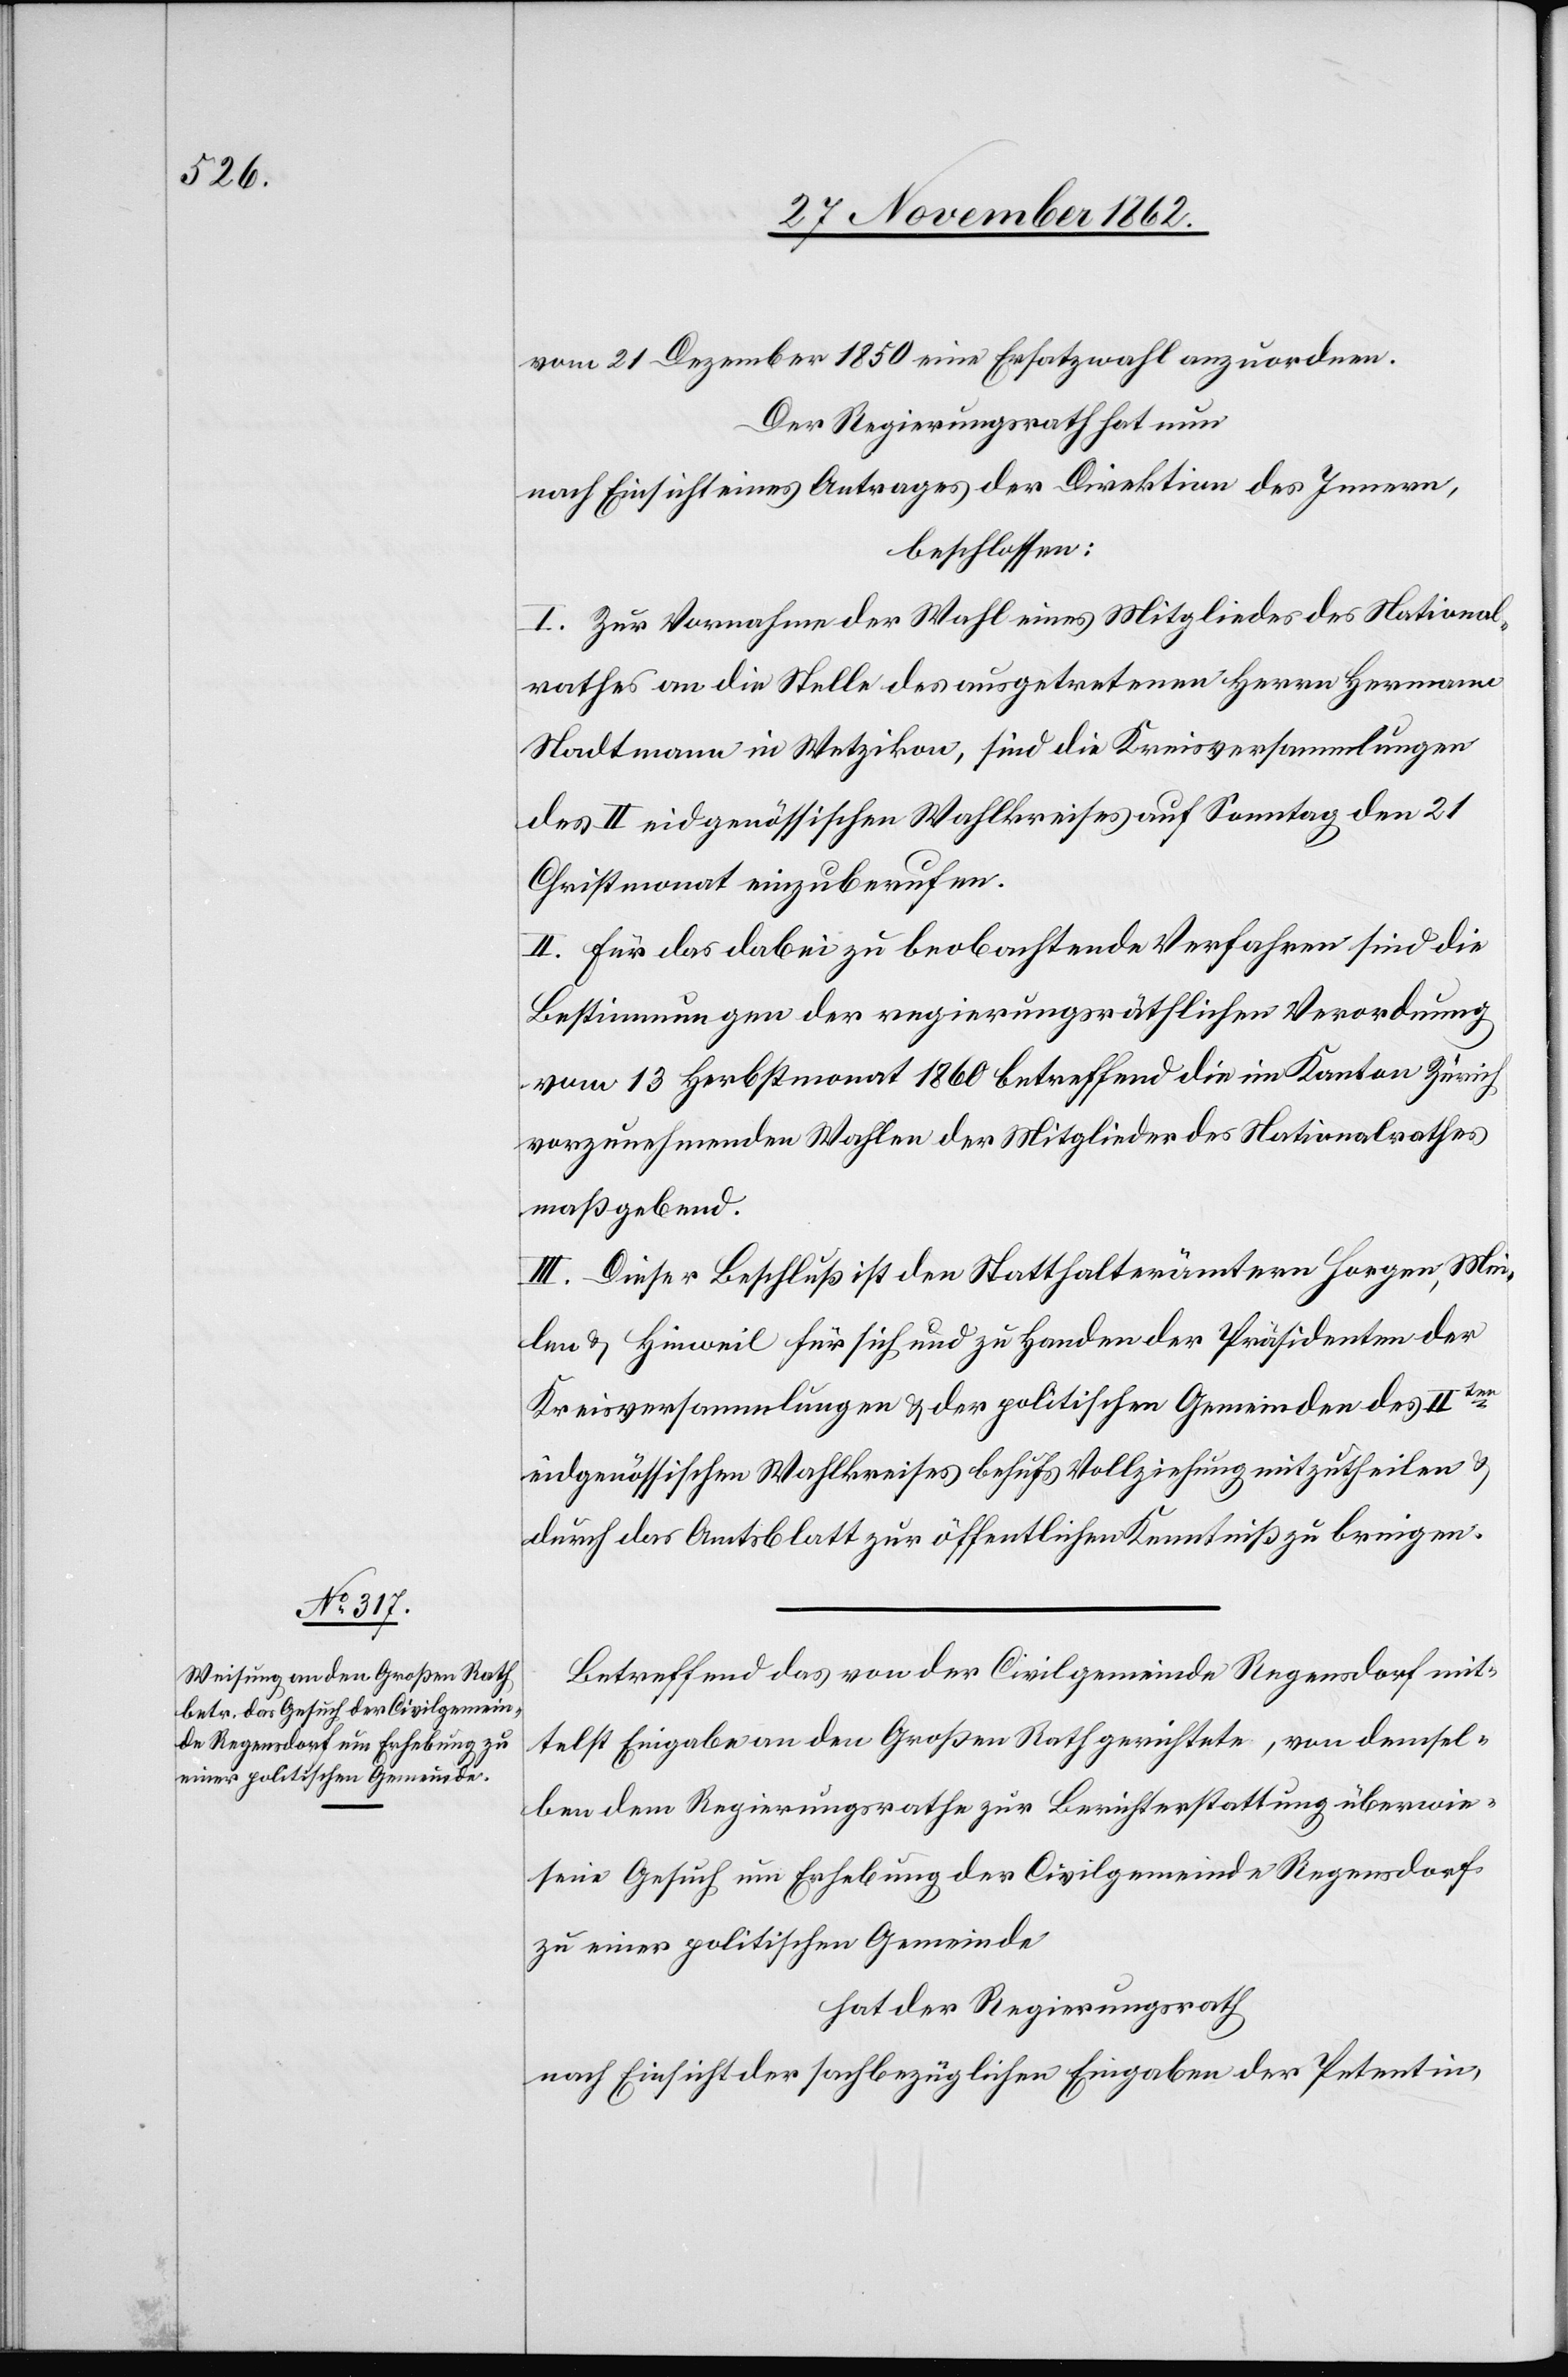
vom 21. Dezember 1850 eine Ersatzwahl anzuordnen.
Der Regierungsrath hat nun
nach Einsicht eines Antrages der sachbezüglichen Eingaben
beschlossen:
I. Zur Vornahme der Wahl eines Mitgliedes des National¬
rathes an die Stelle des ausgetretenen Herrn Hermann
Stadtmann in Wetzikon, sind die Kreisversammlungen
des II. eidgenössischen Wahlkreises auf Sonntag den 21.
Christmonat einzuberufen.
II. Für das dabei zu beobachtende Verfahren sind die
Bestimmungen der regierungsräthlichen Verordnung
vom 13. Herbstmonat 1860 betreffend die im Kanton Zürich
vorzunehmenden Wahlen der Mitglieder des Nationalrathes
maßgebend.
III. Dieser Beschluß ist den Statthalterämtern Horgen, Mei¬
len u. Hinweil für sich und zu Handen der Präsidenten der
Kreisversammlungen u. der politischen Gemeinden des IIten
eidgenössischen Wahlkreises behufs Vollziehung mitzutheilen u.
durch das Amtsblatt zur öffentlichen Kenntniß zu bringen.
Betreffend das von der Civilgemeinde Regensdorf mit¬
telst Eingabe an den Großen Rath gerichtete, von demsel¬
ben dem Regierungsrathe zur Berichterstattung überwie¬
sene Gesuch um Erhebung der Civilgemeinde Regensdorf
zu einer politischen Gemeinde
hat der Regierungsrath